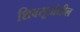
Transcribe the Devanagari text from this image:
शिवसूत्रांतील